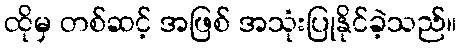
ထိုမှ တစ်ဆင့် အဖြစ် အသုံးပြုနိုင်ခဲ့သည်။